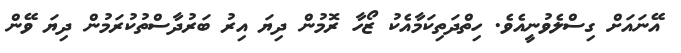
އޭނައަށް ގިސްލެވުނީއެވެ. ހިތްދަތިކަމާއެކު ޒޯހާ ރޮމުން ދިޔަ އިރު ބަރުދާސްތުކުރަމުން ދިޔަ ވޭން